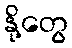
နို့တွေ